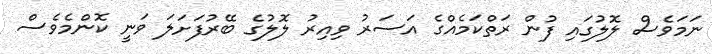
ނަމަވެސް ލޮލުގައި ފުން ރަތްކަމެއްގެ އަސަރު ވިއިރު ލޮލުގެ ބޭރުފަށަލަ ވަނީ ކޮންމެވެސް